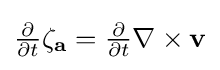
{\textstyle {\frac {\partial }{\partial t}}\mathbf {\zeta _{a}} ={\frac {\partial }{\partial t}}\nabla \times \mathbf {v} }